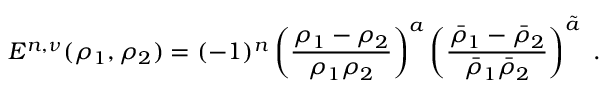
E ^ { n , \nu } ( \rho _ { 1 } , \rho _ { 2 } ) = ( - 1 ) ^ { n } \left( \frac { \rho _ { 1 } - \rho _ { 2 } } { \rho _ { 1 } \rho _ { 2 } } \right) ^ { a } \left( \frac { \bar { \rho } _ { 1 } - \bar { \rho } _ { 2 } } { \bar { \rho } _ { 1 } \bar { \rho } _ { 2 } } \right) ^ { \tilde { a } } \ .